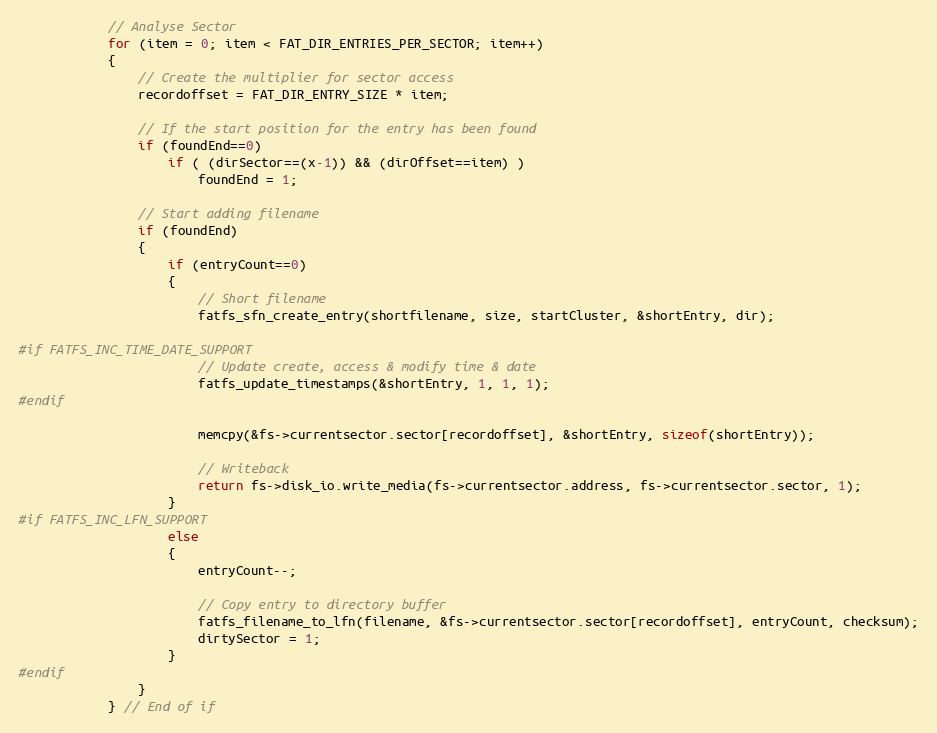
Language: C
            // Analyse Sector
            for (item = 0; item < FAT_DIR_ENTRIES_PER_SECTOR; item++)
            {
                // Create the multiplier for sector access
                recordoffset = FAT_DIR_ENTRY_SIZE * item;

                // If the start position for the entry has been found
                if (foundEnd==0)
                    if ( (dirSector==(x-1)) && (dirOffset==item) )
                        foundEnd = 1;

                // Start adding filename
                if (foundEnd)
                {
                    if (entryCount==0)
                    {
                        // Short filename
                        fatfs_sfn_create_entry(shortfilename, size, startCluster, &shortEntry, dir);

#if FATFS_INC_TIME_DATE_SUPPORT
                        // Update create, access & modify time & date
                        fatfs_update_timestamps(&shortEntry, 1, 1, 1);
#endif

                        memcpy(&fs->currentsector.sector[recordoffset], &shortEntry, sizeof(shortEntry));

                        // Writeback
                        return fs->disk_io.write_media(fs->currentsector.address, fs->currentsector.sector, 1);
                    }
#if FATFS_INC_LFN_SUPPORT
                    else
                    {
                        entryCount--;

                        // Copy entry to directory buffer
                        fatfs_filename_to_lfn(filename, &fs->currentsector.sector[recordoffset], entryCount, checksum);
                        dirtySector = 1;
                    }
#endif
                }
            } // End of if